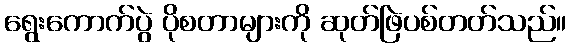
ရွေးကောက်ပွဲ ပိုစတာများကို ဆုတ်ဖြဲပစ်တတ်သည်။